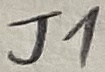
Text: J1